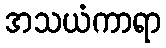
အသယံကာရာ